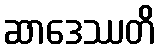
ဆာဒေဿတိ